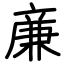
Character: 亷